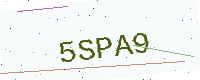
Text: 5SPA9